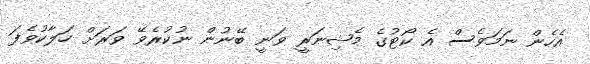
އެހެން ނަމަވެސް އެ ކޯޓުގެ މެޝިނަރީ ވަނީ ބޭނުން ނުކުރެވޭ ވަރަށް ހަލާކުވެފަ